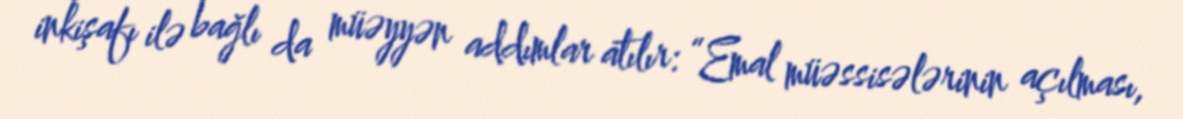
inkişafı ilə bağlı da müəyyən addımlar atılır: “Emal müəssisələrinin açılması,